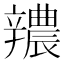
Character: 𨐺